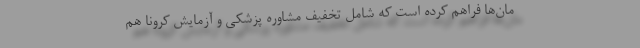
مان‌ها فراهم کرده است که شامل تخفیف مشاوره پزشکی و آزمایش کرونا هم